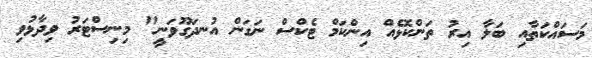
މަސައްކަތާއި ބަލާ އިރު ތަންކޮޅެއް އިންކަމް ޓެކްސް ނަގަން އުނދަގޫވަނީ" މިނިސްޓަރު ވިދާޅުވި